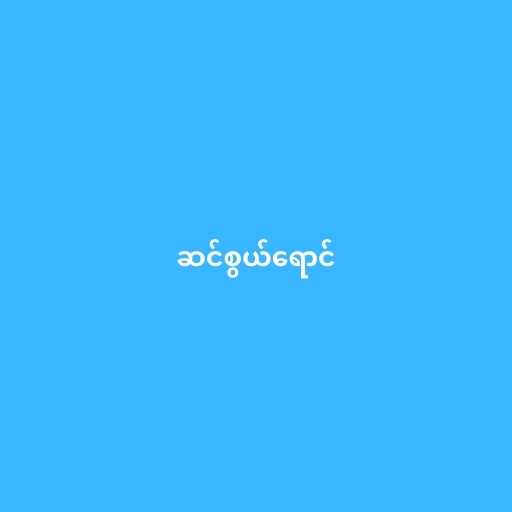
ဆင်စွယ်ရောင်